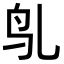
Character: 𬷻